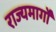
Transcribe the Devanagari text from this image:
राज्यमार्गों